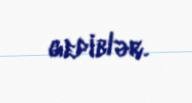
gediblər.